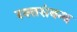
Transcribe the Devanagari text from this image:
रक्तसंबन्ध